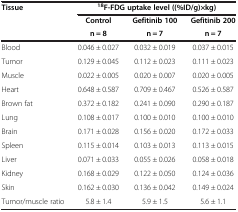
| <ROWSPAN=3> Tissue | <COLSPAN=3> 18F-FDG uptake level ((%ID/g)×kg) |
 | Control | Gefitinib 100 | Gefitinib 200 |
 | n = 8 | n = 7 | n = 7 |
 | --- | --- | --- | --- |
 | Blood | 0.046 ± 0.027 | 0.032 ± 0.019 | 0.037 ± 0.015 |
 | Tumor | 0.129 ± 0.045 | 0.112 ± 0.023 | 0.111 ± 0.023 |
 | Muscle | 0.022 ± 0.005 | 0.020 ± 0.007 | 0.020 ± 0.005 |
 | Heart | 0.648 ± 0.587 | 0.709 ± 0.467 | 0.526 ± 0.587 |
 | Brown fat | 0.372 ± 0.182 | 0.241 ± 0.090 | 0.290 ± 0.187 |
 | Lung | 0.108 ± 0.017 | 0.100 ± 0.010 | 0.100 ± 0.010 |
 | Brain | 0.171 ± 0.028 | 0.156 ± 0.020 | 0.172 ± 0.033 |
 | Spleen | 0.115 ± 0.014 | 0.103 ± 0.013 | 0.113 ± 0.015 |
 | Liver | 0.071 ± 0.033 | 0.055 ± 0.026 | 0.058 ± 0.018 |
 | Kidney | 0.168 ± 0.029 | 0.122 ± 0.050 | 0.124 ± 0.036 |
 | Skin | 0.162 ± 0.030 | 0.136 ± 0.042 | 0.149 ± 0.024 |
 | Tumor/muscle ratio | 5.8 ± 1.4 | 5.9 ± 1.5 | 5.6 ± 1.1 |